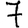
Digit: 7